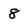
Character: 8